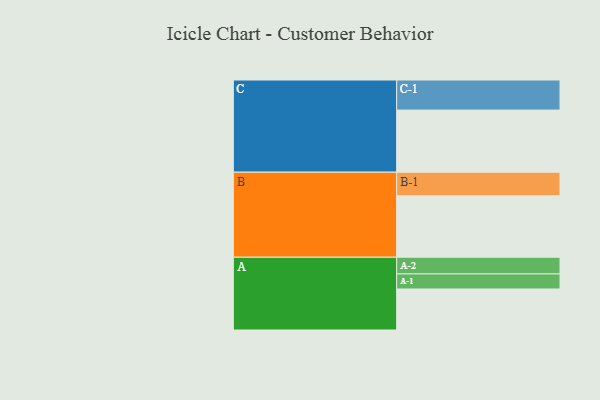
{"axis": {"x": "Segment", "y": "Value"}, "legend": ["", "A", "B", "C"], "data": [{"x": "A", "y": 327, "type": ""}, {"x": "B", "y": 490, "type": ""}, {"x": "C", "y": 495, "type": ""}, {"x": "A-1", "y": 120, "type": "A"}, {"x": "A-2", "y": 133, "type": "A"}, {"x": "B-1", "y": 188, "type": "B"}, {"x": "C-1", "y": 240, "type": "C"}]}